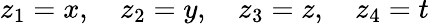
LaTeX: z_{1}=x,\quad z_{2}=y,\quad z_{3}=z,\quad z_{4}=t